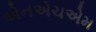
એનએચએમ